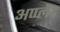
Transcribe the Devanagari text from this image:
अप्प्लेट